Report of an investigation into the causes of the diseases known in Assam as Kála-Azár and Beri-Beri
Disease focus: Beri-Beri
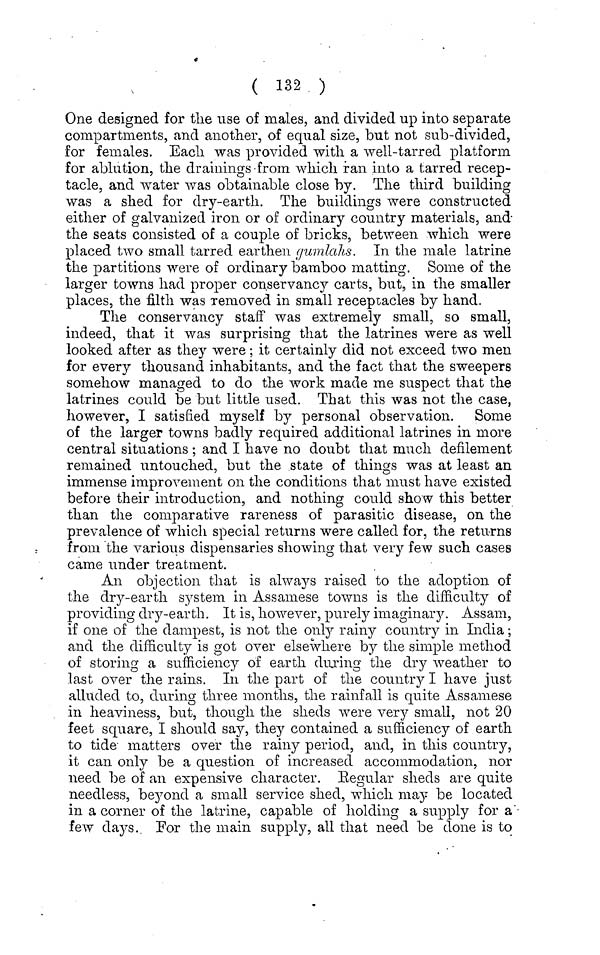
( 132 )
One designed for the use of males, and divided up into separate
compartments, and another, of equal size, but not sub-divided,
for females. Eacli was provided with a well-tarred platform
for ablation, the drainings from which ran into a tarred recep-
tacle, and water was obtainable close by. The third building
was a shed for dry-earth. The buildings were constructed
either of galvanized iron or of ordinary country materials, and
the seats consisted of a couple of bricks, between which were
placed two small tarred earthen (jumlahs. In the male latrine
the partitions were of ordinary bamboo matting. Some of the
larger towns had proper conservancy carts, but, in the smaller
places, the filth was removed in small receptacles by hand.
The conservancy staff' was extremely small, so small,
indeed, that it was surprising that the latrines were as well
looked after as they were; it certainly did not exceed two men
for every thousand inhabitants, and the fact that the sweepers
somehow managed to do the work made me suspect that the
latrines could be but little used. That this was not the case,
however, I satisfied myself by personal observation. Some
of the larger towns badly required additional latrines in more
central situations ; and I have no doubt that much defilement
remained untouched, but the state of things was at least an
immense improvement 011 the conditions that must have existed
before their introduction, and nothing could show this better
than the comparative rareness of parasitic disease, on the
prevalence of which special returns were called for, the returns
from the various dispensaries showing that very few such cases
came under treatment.
An objection that is always raised to the adoption of
the dry-earth system in Assamese towns is the difficulty of
providing dry-earth. It is, however, purely imaginary. Assam,
if one of the dampest, is not the only rainy country in India;
and the difficulty is got over elsewhere by the simple method
of storing a sufficiency of earth during the dry weather to
last over the rains. In the part of the country I have just
alluded to, during three months, the rainfall is quite Assamese
in heaviness, but, though the sheds were very small, not 20
feet square, I should say, they contained a sufficiency of earth
to tide matters over the rainy period, and, in this country,
it can only be a question of increased accommodation, nor
need be of an expensive character. Eegular sheds are quite
needless, beyond a small service shed, which may be located
in a corner of the latrine, capable of holding a supply for a
few days. For the main supply, all that need be done is to